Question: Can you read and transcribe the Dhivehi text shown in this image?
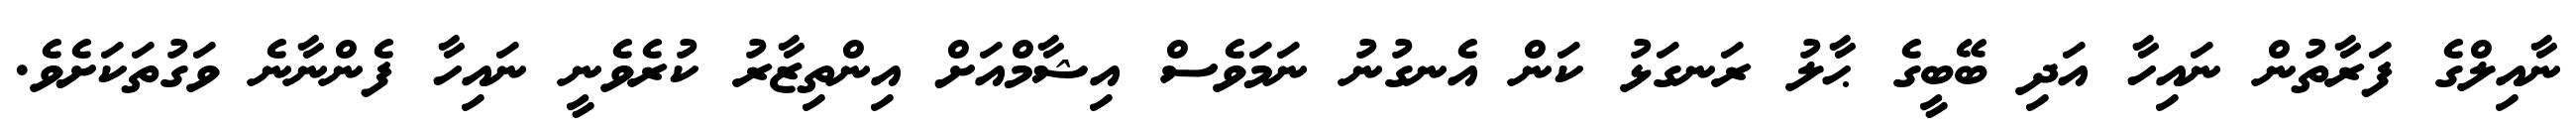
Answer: ނާއިލްގެ ފަރާތުން ނައިހާ އަދި ބޭބީގެ ޙާލު ރަނގަޅު ކަން އެނގުނު ނަމަވެސް އިޝާމްއަށް އިންތިޒާރު ކުރެވެނީ ނައިހާ ފެންނާނެ ވަގުތަކަށެވެ.